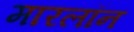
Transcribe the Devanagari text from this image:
मारलॉन